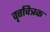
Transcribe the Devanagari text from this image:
वृत्तचित्रक